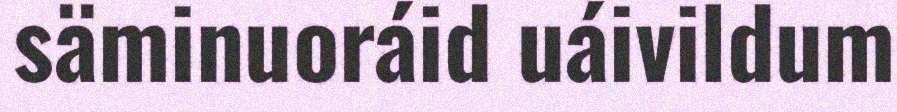
säminuoráid uáivildum